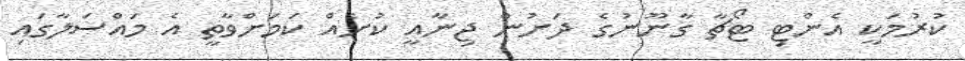
ކުރުމަކީ އެންޓި ޓޯޗާ ގާނޫނުގެ ދަށުން ޖިނާއީ ކުށެއް ކަމަށްވާތީ އެ މައްސަލާގައި